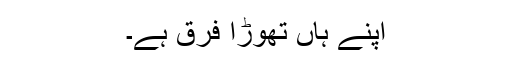
اپنے ہاں تھوڑا فرق ہے۔